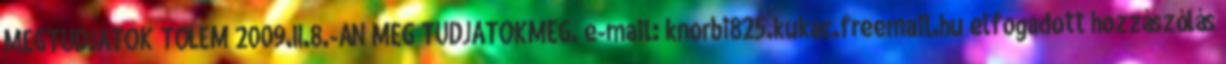
MEGTUDJÁTOK TÖLEM 2009.II.8.-ÁN MEG TUDJÁTOKMEG. e-mail: knorbi825.kukac.freemail.hu elfogadott hozzászólás